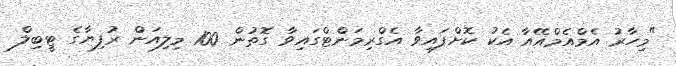
"މިހާރު އެމްއެމްއޭއާ އެކު ކޮށްފައިވާ އެގްރިމަންޓްގައިވާ ގޮތުން 100 މިލިއަން ރުފިޔާގެ ޓީބިލް